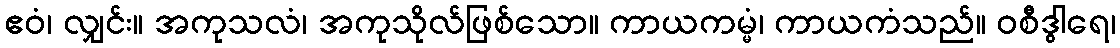
ဧဝံ၊ လျှင်း။ အကုသလံ၊ အကုသိုလ်ဖြစ်သော။ ကာယကမ္မံ၊ ကာယကံသည်။ ဝစီဒွါရေ၊